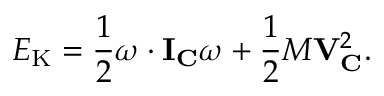
E _ { \mathrm { K } } = { \frac { 1 } { 2 } } { \boldsymbol { \omega } } \cdot \mathbf { I } _ { \mathbf { C } } { \boldsymbol { \omega } } + { \frac { 1 } { 2 } } M \mathbf { V } _ { \mathbf { C } } ^ { 2 } .